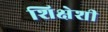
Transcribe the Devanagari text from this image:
शिक्षेशी